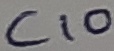
Text: C10